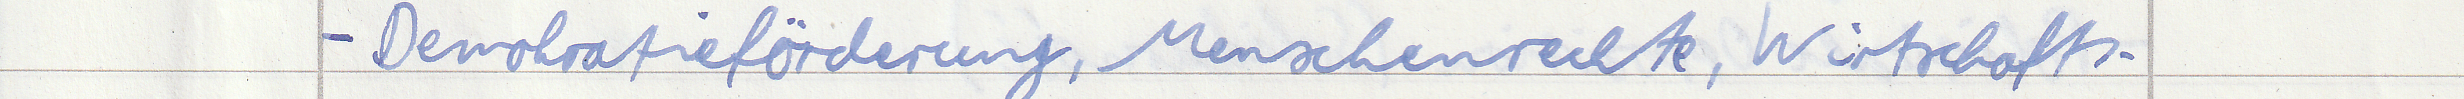
- Demokratieförderung, Menschenrechte, Wirtschafts -